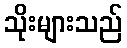
သိုးများသည်